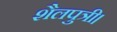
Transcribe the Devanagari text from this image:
शैलपुत्री।